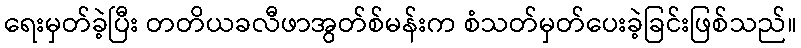
ရေးမှတ်ခဲ့ပြီး တတိယခလီဖာအွတ်စ်မန်းက စံသတ်မှတ်ပေးခဲ့ခြင်းဖြစ်သည်။